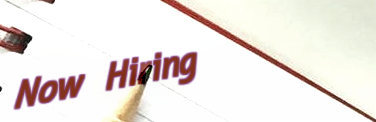
Now Hiring